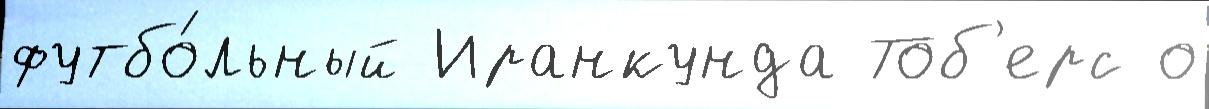
футбо́льный Иранкунда Тоб'ерс о